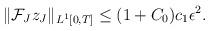
LaTeX: \begin{align*} \begin{aligned} & \|\mathcal{F} _J z_J \| _{L^1 [0,T]}\le (1+C_0) c_1 \epsilon ^2 .\end{aligned}\end{align*}